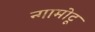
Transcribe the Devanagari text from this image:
न्गामोटू